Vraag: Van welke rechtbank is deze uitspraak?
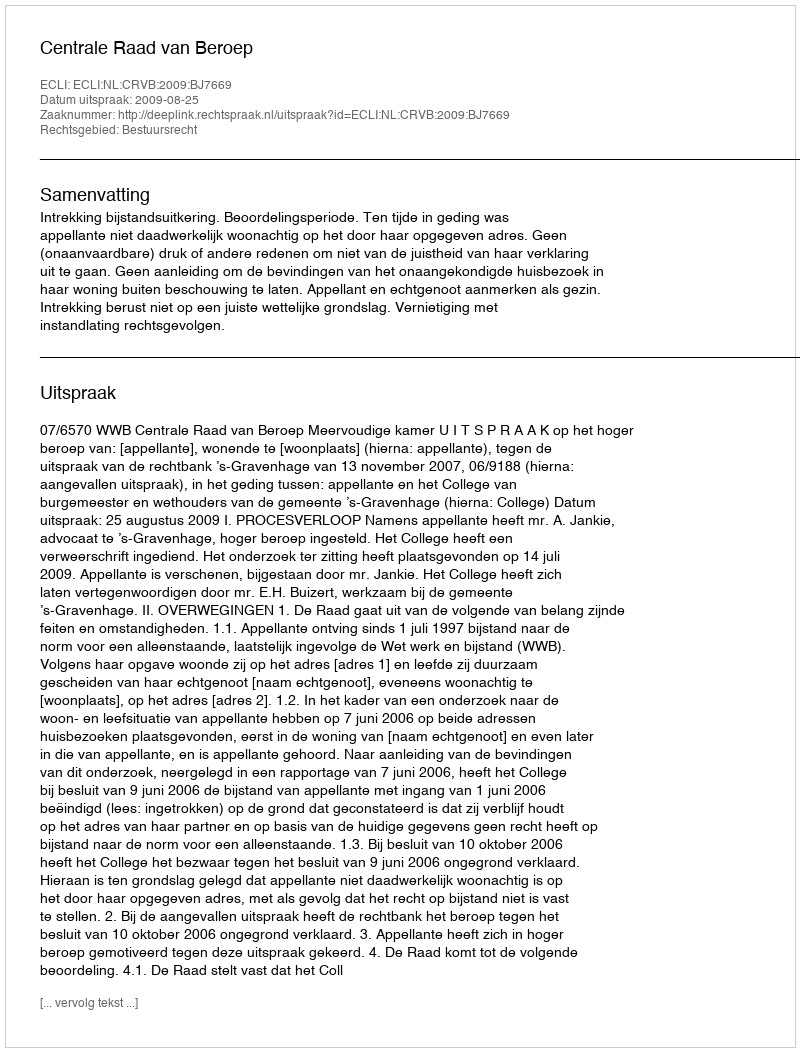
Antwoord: Centrale Raad van Beroep